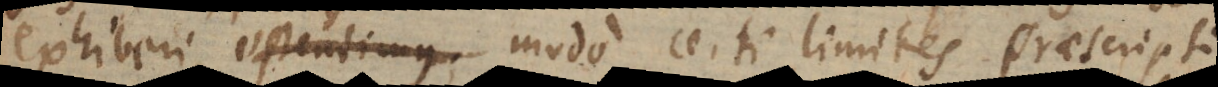
exhiberi, ostendimus. modo certi limites praescripti